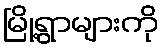
မြို့ရွာများကို